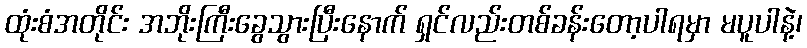
ထုံးစံအတိုင်း အဘိုးကြီးခွေသွားပြီးနောက် ရှင်လည်းတစ်ခန်းတော့ပါရမှာ မပူပါနဲ့၊